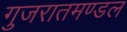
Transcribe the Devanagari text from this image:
गुजरातमण्डल